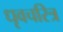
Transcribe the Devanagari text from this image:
धृवचरित्र